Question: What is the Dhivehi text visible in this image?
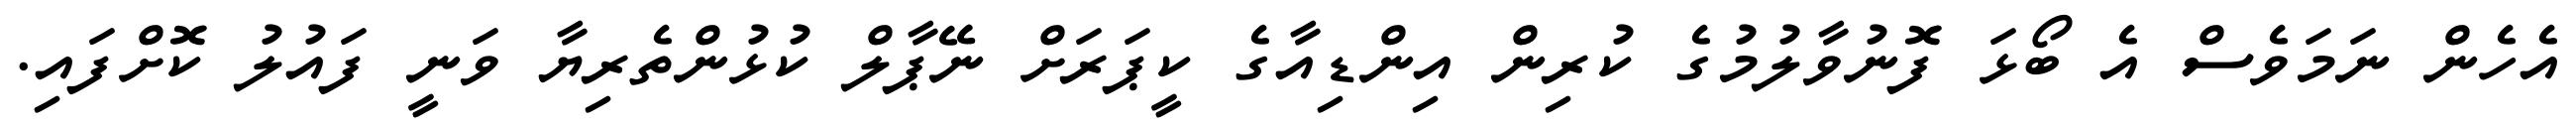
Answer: އެހެން ނަމަވެސް އެ ބޯޅަ ފޮނުވާލުމުގެ ކުރިން އިންޑިއާގެ ކީޕަރަށް ނޭޕާލް ކުޅުންތެރިޔާ ވަނީ ފައުލު ކޮށްފައި.